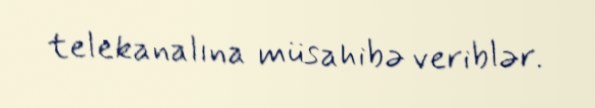
telekanalına müsahibə veriblər.